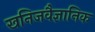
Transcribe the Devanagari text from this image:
खनिजवैज्ञानिक